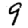
Digit: 9